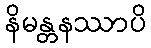
နိမန္တနဿာပိ